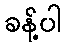
ခန့်ပါ